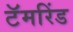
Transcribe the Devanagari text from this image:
टॅमरिंड